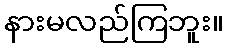
နားမလည်ကြဘူး။